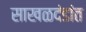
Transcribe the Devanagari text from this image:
साखळदंडांत